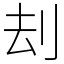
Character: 刦